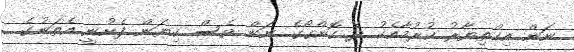
ނަން އިޚްތިޔާރު ކުރުމާއެކު ދެ ކޮންގޯގެ ނަން ވެސް ކިޔަން ފެށުނީ އެތަނުގެ